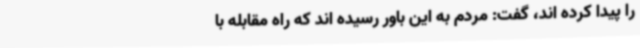
را پیدا کرده اند، گفت: مردم به این باور رسیده اند که راه مقابله با